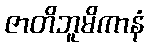
ဇာတိဘူမိကာနံ